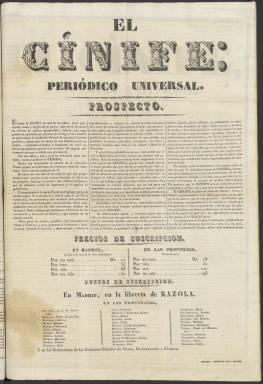
Título: El Cínife (Madrid. 1834)
Colección: Periódicos anteriores a 1850
Ámbito geográfico: Madrid
Lugar de publicación: Madrid
Fechas: 01/01/1834-01/03/1834

Con este curioso título, que alude a un sinónimo ya en desuso de la palabra mosquito, apareció este periódico a principios de 1834. Salía tres veces a la semana y se prolongó hasta mayo del mismo año, cuando fue suprimido por el Gobierno por su posición abiertamente liberal y constitucionalista y sus críticas al Gobierno de Martínez de la Rosa, defensor de un régimen liberal muy limitado que quedó reflejado en el Estatuto Real.

   El primer número de El Cínife se publicó en febrero, pero en enero salió un prospecto en el que anunciaba sus propósitos. Apenas había periódicos políticos en ese momento, dado que la estricta censura establecida durante el reinado de Fernando VII había continuado tras su muerte el año anterior. Los periódicos necesitaban contar con una licencia previa y hacer un fuerte depósito o fianza en dinero para pagar posibles multas, lo que desanimaba a quienes no contaban con suficientes medios económicos.

     ‘Nunca nos asociaremos al partido de la exaltación. Nunca empero secundaremos las tenebrosas ideas del fanatismo. Tal es nuestra profesión de fe’, proclamaba El Cínife en el prospecto, donde se anunciaba que, conforme a su título, habría una sección satírica donde se clavaría el aguijón sin distinción de clases sociales,  ‘porque este menudo insecto, si nunca produce más que una breve ampolla por todo resultado de su encono, tiene no obstante la dichosa propiedad de atreverse con todas las gerarquías y condiciones: así traspasa la callosa como la rosada y mórbida cutis; y tal vez la más hidalga sangre es su más sabroso alimento’.

    La publicación, de cuatro páginas por número, llevaba el subtítulo de Periódico universal, lo que se justificaba en las noticias que daba procedentes de las distintas capitales europeas, información que siempre arrancaba en portada. Otra parte importante de su contenido era el dedicado a los Reales decretos y órdenes procedentes de la reina gobernadora, el Gobierno y los ministerios. Había también una sección literaria, así como noticias de la industria y el comercio.

    La colección de la Biblioteca Nacional de España termina con el número del 1 de marzo de 1834, aunque el periódico se prolongó hasta mayo, de acuerdo con la solvente Historia del Periodismo Español de Pedro Gómez Aparicio, donde se afirma que, al igual que otros periódicos, El Cínife fue suprimido por el Gobierno precisamente por aplicar su aguijón contra las autoridades.
    También en el número del 1 de marzo aparece un suelto titulado ‘La razonable libertad de prensa’. Se trata una ironía porque la censura no permitía ejercer esa razonable libertad de prensa de la que el Gobierno alardeaba. En ese artículo se ataca al dramaturgo Bretón de los Herreros por haber aceptado el cargo de ‘redactor fiscal’ en el Boletín de Comercio, lo que había llevado a los periodistas de esta publicación a dejar la empresa por carecer de independencia.

[Descripción publicada el 10/08/2023]